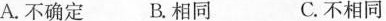
A.不确定B.相同 C.不相同